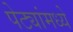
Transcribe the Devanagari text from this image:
पेट्यांमध्ये